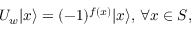
U _ { w } | x \rangle = ( - 1 ) ^ { f ( x ) } | x \rangle , \, \forall x \in S ,